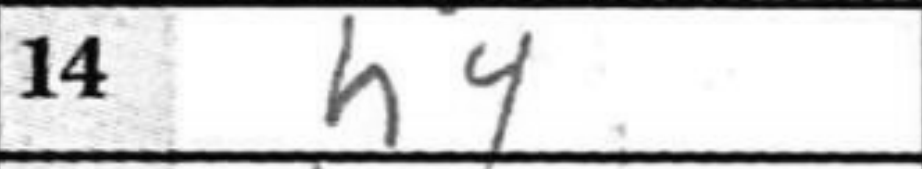
Transcription: h4